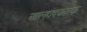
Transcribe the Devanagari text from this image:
आल्हादकारक